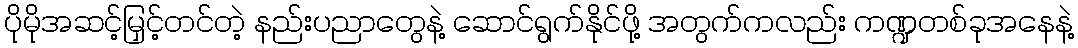
ပိုမိုအဆင့်မြှင့်တင်တဲ့ နည်းပညာတွေနဲ့ ဆောင်ရွက်နိုင်ဖို့ အတွက်ကလည်း ကဏ္ဍတစ်ခုအနေနဲ့